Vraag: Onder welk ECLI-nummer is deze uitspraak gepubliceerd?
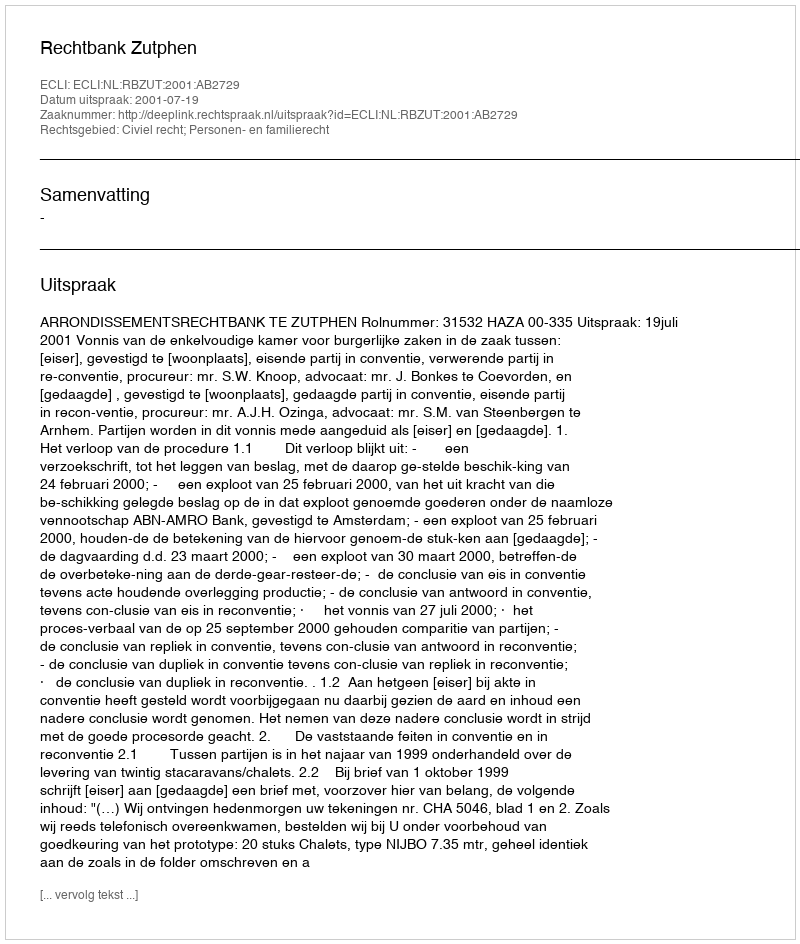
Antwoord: ECLI:NL:RBZUT:2001:AB2729